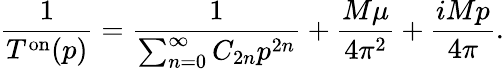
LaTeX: \frac{1}{T^{\mathrm{{on}}}(p)}=\frac{1}{\sum_{n=0}^{\infty}C_{2n}p^{2n}}+\frac{M\mu}{4\pi^{2}}+\frac{iMp}{4\pi}.